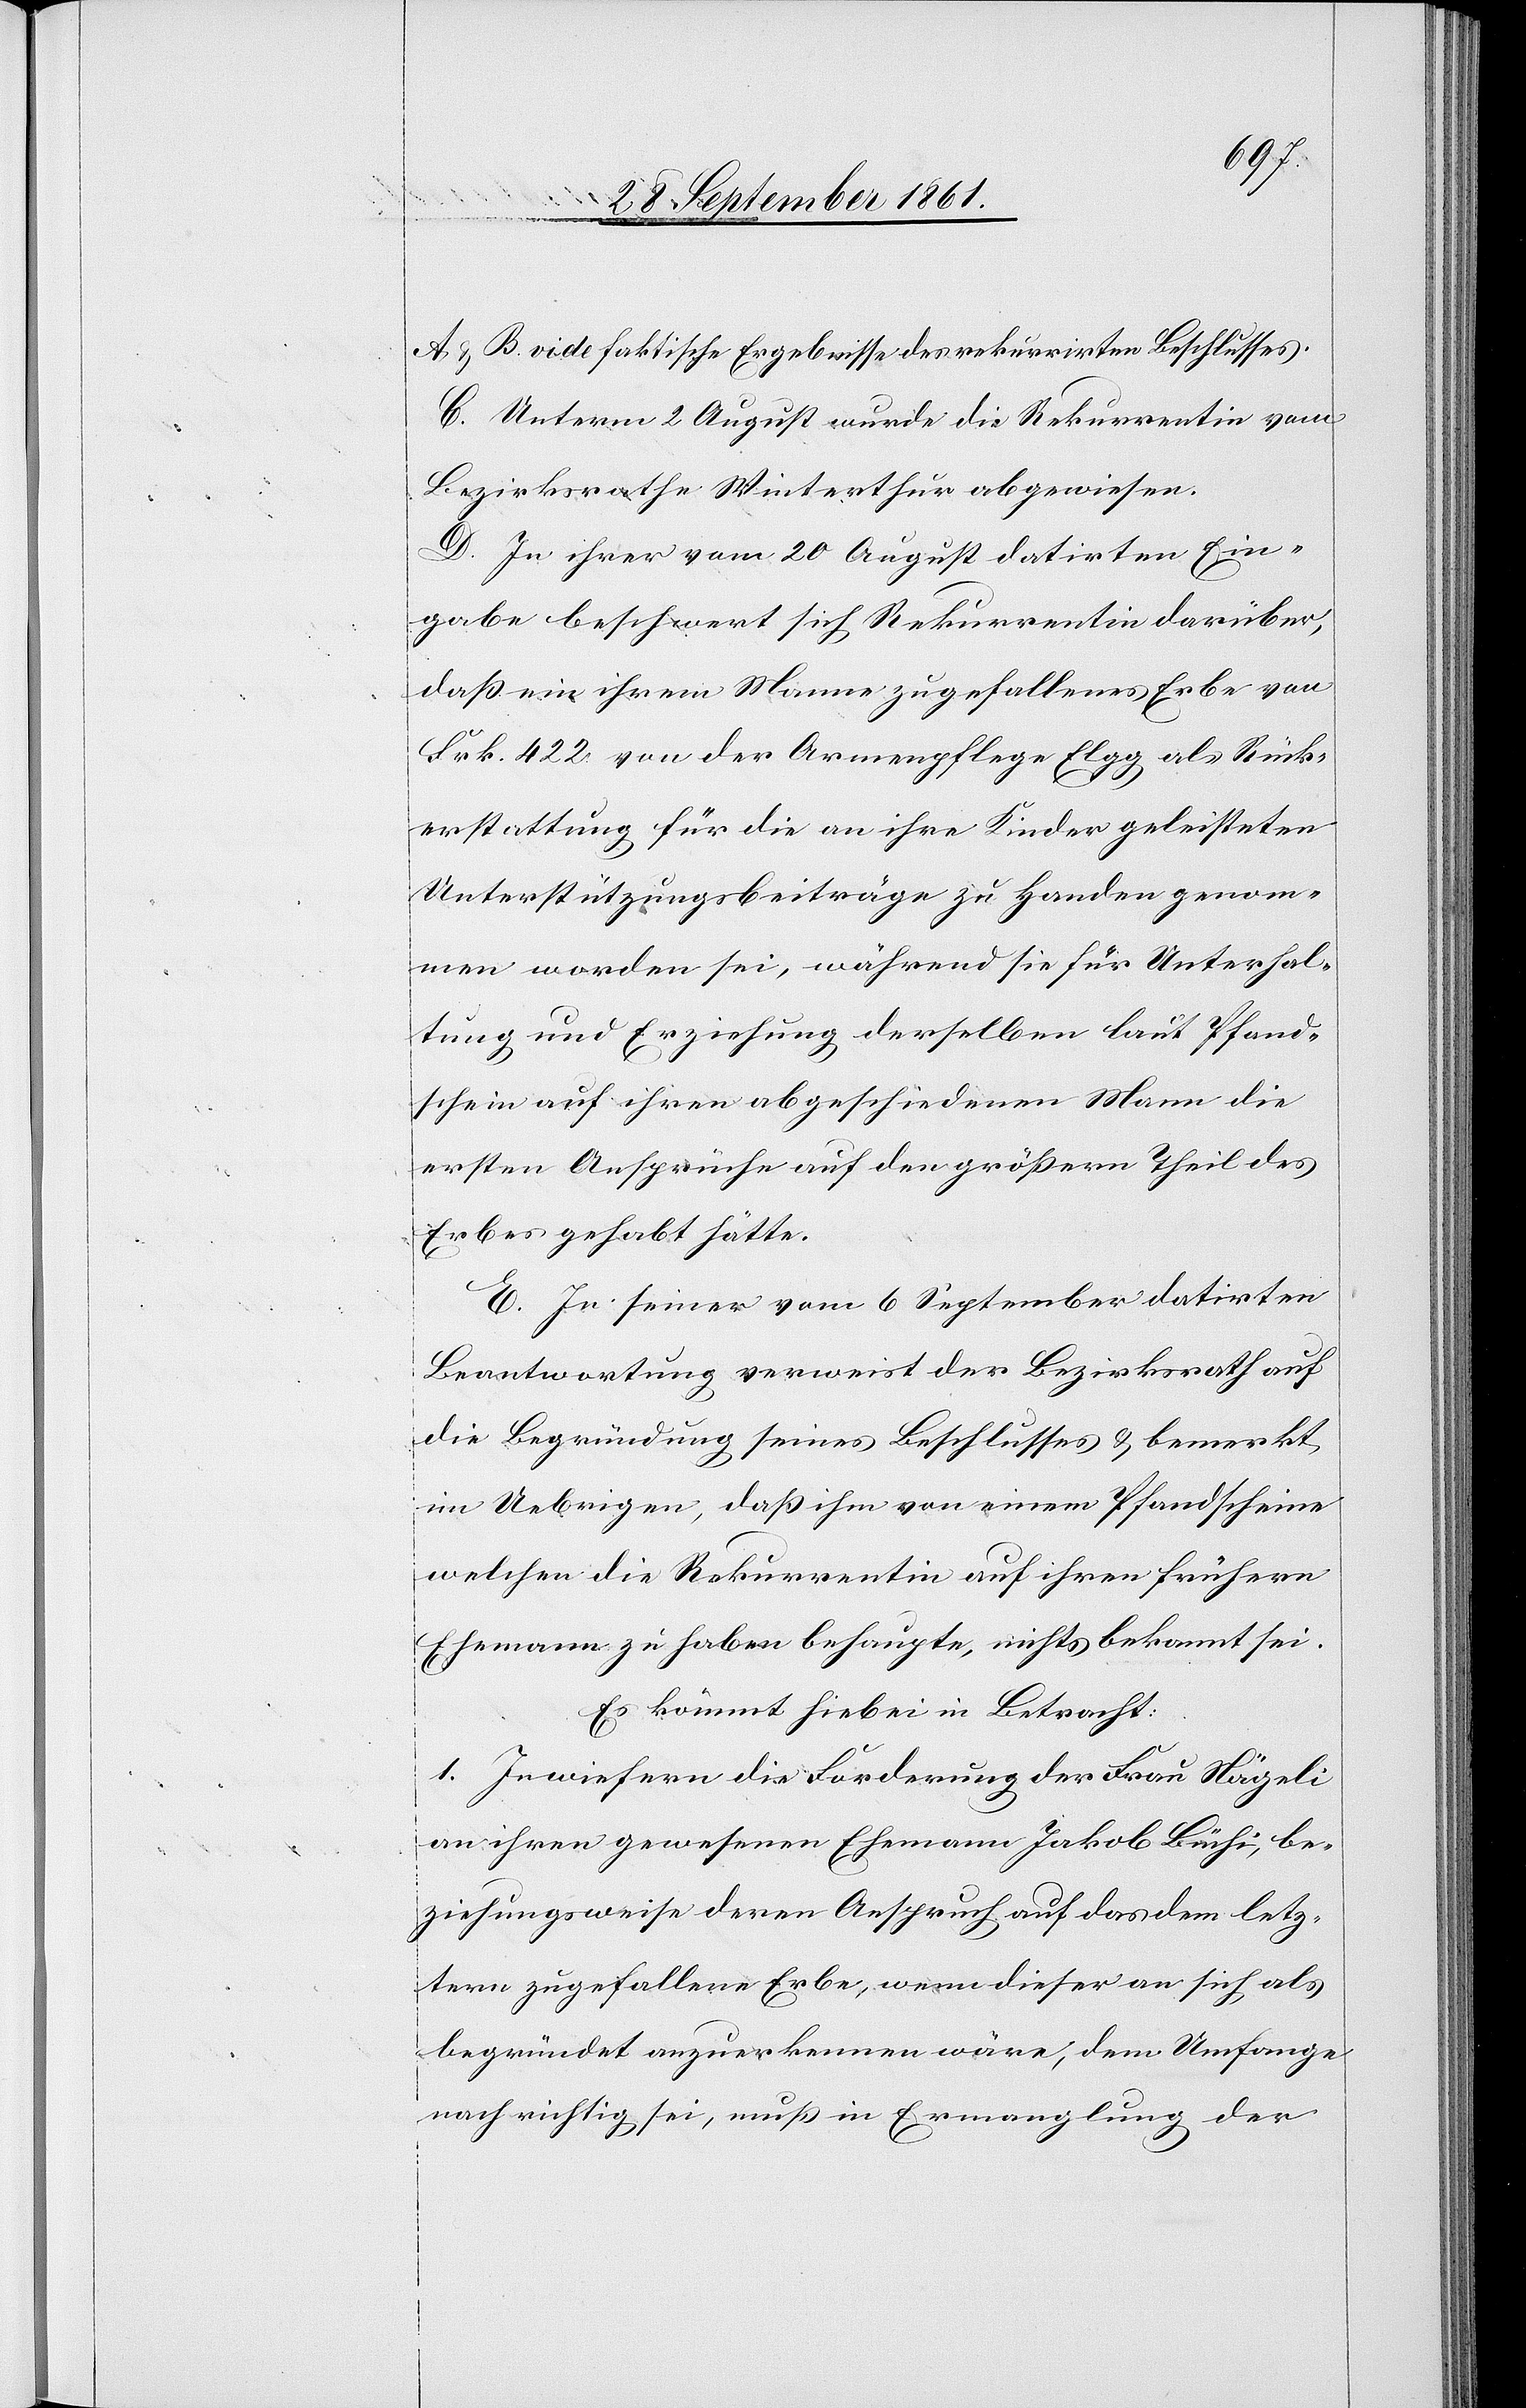
A. u. B. vide faktische Ergebnisse des rekurrirten Beschlusses.
C. Unterm 2 August wurde die Rekurrentin vom
Bezirksrathe Winterthur abgewiesen.
D. In ihrer vom 20 August datirten Ein¬
gabe beschwert sich Rekurrentin darüber,
daß ein ihrem Manne zugefallenes Erbe von
Frk. 422 von der Armenpflege Elgg als Rück¬
erstattung für die an ihre Kinder geleisteten
Unterstützungsbeiträge zu Handen genom¬
men worden sei, während sie für Unterhal¬
tung und Erziehung derselben laut Pfand¬
schein auf ihren abgeschiedenen Mann die
ersten Ansprüche auf den größern Theil des
Erbes gehabt hätte.
E. In seiner vom 6 September datirten
Beantwortung verweist der Bezirksrath auf
die Begründung seines Beschlusses u. bemerkt
im Uebrigen, daß ihm von einem Pfandscheine
welchen die Rekurrentin auf ihren frühern
Ehemann zu haben behaupte, nichts bekannt sei.
Es kömmt hiebei in Betracht:
1. Inwiefern die Forderung der Frau Nägeli
an ihren gewesenen Ehemann Jakob Büchi, be¬
ziehungsweise deren Anspruch auf das dem letz¬
tern zugefallenen Erbe, wenn dieser an sich als
begründet anzuerkennen wäre, dem Umfange
nach richtig sei, muß in Ermanglung der